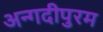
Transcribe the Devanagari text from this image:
अन्गदीपुरम